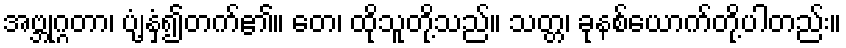
အဗ္ဘုဂ္ဂတာ၊ ပျံ့နှံ့၍တက်၏။ တေ၊ ထိုသူတို့သည်။ သတ္တ၊ ခုနစ်ယောက်တို့ပါတည်း။